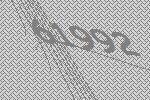
61992